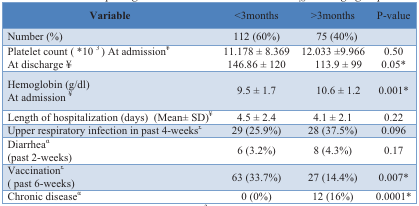
| Variable | <3months | >3months | P-value |
 | --- | --- | --- | --- |
 | Number (%) | 112 (60%) | 75 (40%) |  |
 | Platelet count ( *10 3 ) At admission¥At discharge ¥ | 11.178 ± 8.369146.86 ± 120 | 12.033 ±9.966113.9 ± 99 | 0.500.05* |
 | Hemoglobin (g/dl)At admission ¥ | 9.5 ± 1.7 | 10.6 ± 1.2 | 0.001* |
 | Length of hospitalization (days) (Mean± SD)¥ | 4.5 ± 2.4 | 4.1 ± 2.1 | 0.22 |
 | Upper respiratory infection in past 4-weeks£ | 29 (25.9%) | 28 (37.5%) | 0.096 |
 | Diarrheaα(past 2-weeks) | 6 (3.2%) | 8 (4.3%) | 0.17 |
 | Vaccination£( past 6-weeks) | 63 (33.7%) | 27 (14.4%) | 0.007* |
 | Chronic diseaseα | 0 (0%) | 12 (16%) | 0.0001* |